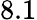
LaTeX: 8.1